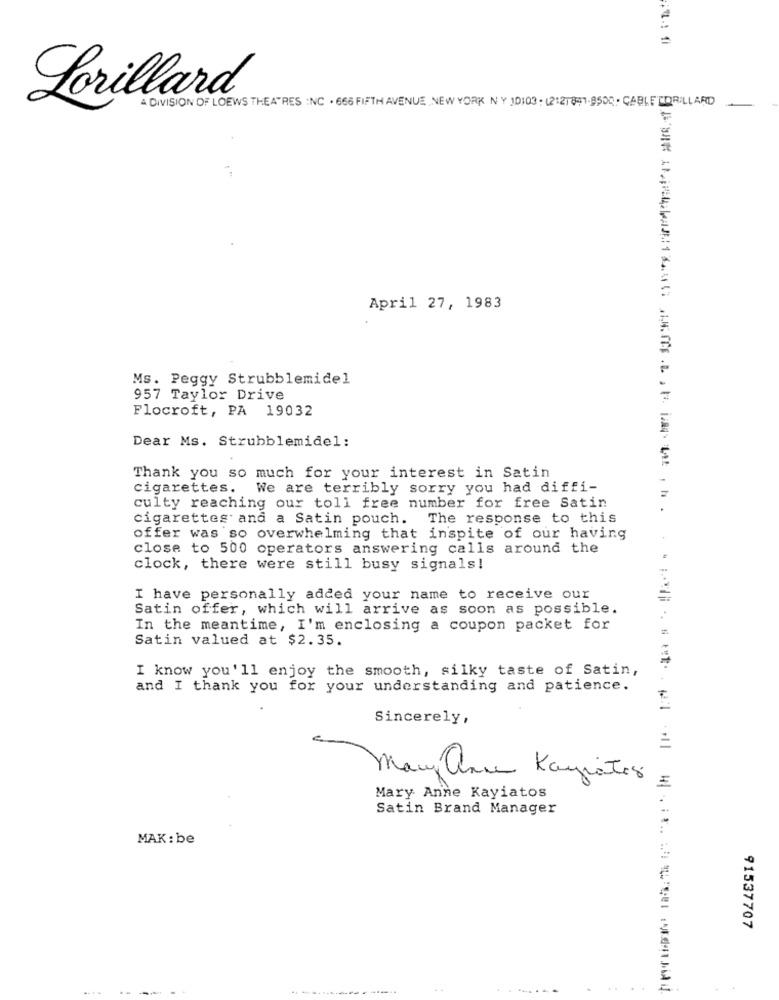
A DIVISION OF LOEWS THEATRES INC . 666 FIFTH AVENUE NEW YORK N Y 10103 : (2121891-9500. CABLETDRILLARD
Lorillard®
-
=
April 27, 1983
Ms. Peggy Strubblemidel
957 Taylor Drive
Flocroft, PA 19032
Dear Ms. Strubblemidel:
Thank you so much for your interest in Satin
cigarettes. We are terribly sorry you had diffi-
culty reaching our toll free number for free Satin
cigarettes and a Satin pouch. The response to this
offer was so overwhelming that inspite of our having
close to 500 operators answering calls around the
clock, there were still busy signals!
I have personally added your name to receive our
Satin offer, which will arrive as soon as possible.
In the meantime, I'm enclosing a coupon packet for
Satin valued at $2.35.
I know you'll enjoy the smooth, silky taste of Satin,
and I thank you for your understanding and patience.
Sincerely,
Mary anne Kaynatos
E
Mary Anne Kayiatos
Satin Brand Manager
MAK: be
91537707
+ 4
. .